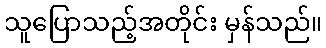
သူပြောသည့်အတိုင်း မှန်သည်။